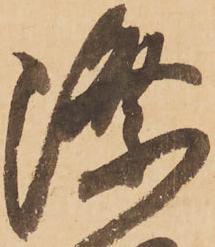
際